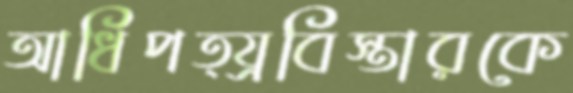
আধিপত্য্রবিস্তারকে